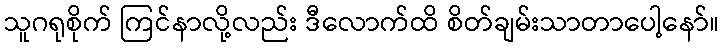
သူဂရုစိုက် ကြင်နာလို့လည်း ဒီလောက်ထိ စိတ်ချမ်းသာတာပေါ့နော်။